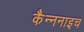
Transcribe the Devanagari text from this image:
कैन्ननाइच